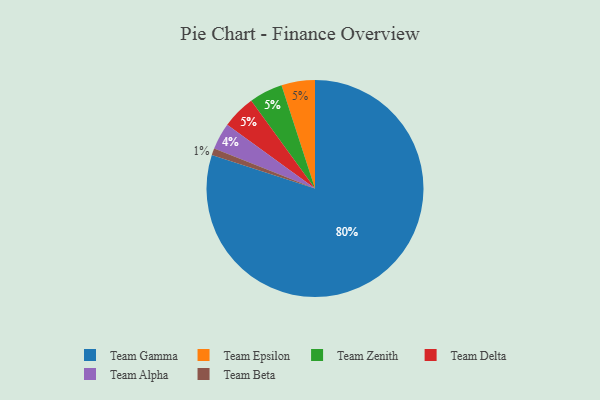
{"axis": {"x": "Category", "y": "Percentage"}, "legend": ["Team Alpha", "Team Beta", "Team Delta", "Team Epsilon", "Team Gamma", "Team Zenith"], "data": [{"x": "Team Epsilon", "y": 5, "type": "Team Epsilon"}, {"x": "Team Zenith", "y": 5, "type": "Team Zenith"}, {"x": "Team Gamma", "y": 80, "type": "Team Gamma"}, {"x": "Team Alpha", "y": 4, "type": "Team Alpha"}, {"x": "Team Delta", "y": 5, "type": "Team Delta"}, {"x": "Team Beta", "y": 1, "type": "Team Beta"}]}